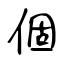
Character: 個